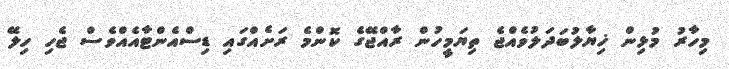
މިހާރު މުޅިން ޚިޔާލުބަދަލުވެއްޖެ ތިޔަމީހުން ރާއްޖޭގެ ކޮންމެ ރަށެއްގައި ޑިސްއެންޓާއެއްވެސް ޖެހި ހިލޭ